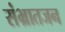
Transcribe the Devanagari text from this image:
संभ्रातजन